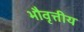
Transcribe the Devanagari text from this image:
भौवृत्तीय